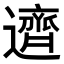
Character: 𬩣